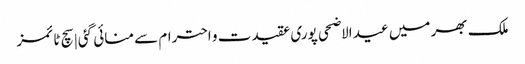
ملک بھر میں عید الاضحی پوری عقیدت و احترام سے منائی گئی | سچ ٹائمز